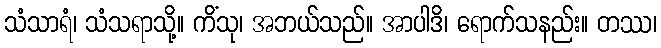
သံသာရံ၊ သံသရာသို့။ ကိံသု၊ အဘယ်သည်။ အာပါဒိ၊ ရောက်သနည်း။ တဿ၊